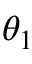
\theta _ { 1 }